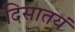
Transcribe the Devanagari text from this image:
दिसातयं